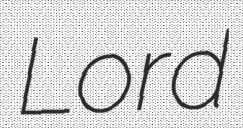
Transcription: Lord